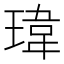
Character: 瑋